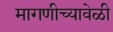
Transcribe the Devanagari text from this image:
मागणीच्यावेळी